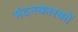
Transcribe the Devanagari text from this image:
मंदनकारकों